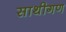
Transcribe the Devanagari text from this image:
साथीगण